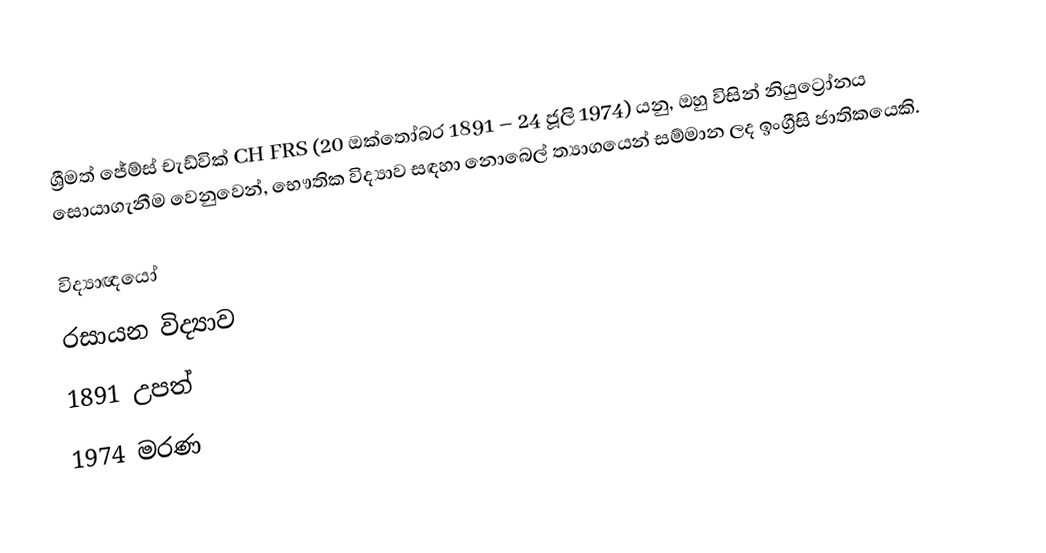
ශ්‍රීමත් ජේම්ස් චැඩ්වික් CH FRS (20 ඔක්තෝබර 1891 – 24 ජූලි 1974) යනු, ඔහු විසින් නියුට්‍රෝනය සොයාගැනීම වෙනුවෙන්,  භෞතික විද්‍යාව සඳහා නොබෙල් ත්‍යාගයෙන් සම්මාන ලද  ඉංග්‍රීසි ජාතිකයෙකි.

විද්‍යාඥයෝ
රසායන විද්‍යාව
1891 උපත්
1974 මරණ